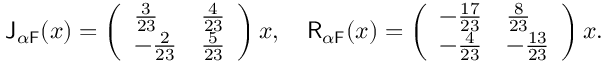
\mathsf { J } _ { \alpha \mathsf { F } } ( x ) = \left( \begin{array} { l l } { \frac { 3 } { 2 3 } } & { \frac { 4 } { 2 3 } } \\ { - \frac { 2 } { 2 3 } } & { \frac { 5 } { 2 3 } } \end{array} \right) x , \quad \mathsf { R } _ { \alpha \mathsf { F } } ( x ) = \left( \begin{array} { l l } { - \frac { 1 7 } { 2 3 } } & { \frac { 8 } { 2 3 } } \\ { - \frac { 4 } { 2 3 } } & { - \frac { 1 3 } { 2 3 } } \end{array} \right) x .